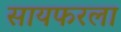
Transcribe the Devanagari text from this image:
सायफरला